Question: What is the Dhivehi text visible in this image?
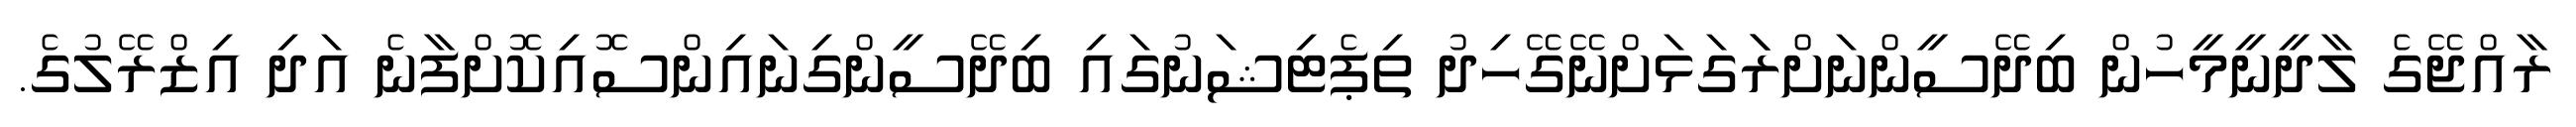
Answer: ރާއްޖޭގެ ލާދީނީމީހުން ބިދޭސީންނަށްރަަގަޅަށްނޭގޭހިދު ތިޕެޓިޝަނުގައި ބިދޭސީންގިނައިންސޮއިކޮށްފާނެ އަދި އިޒްރޭލުގެ.